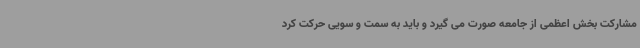
مشارکت بخش اعظمی از جامعه صورت می گیرد و باید به سمت و سویی حرکت کرد